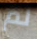
لم